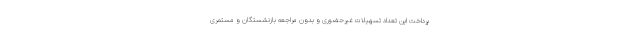
پرداخت این تعداد تسهیلات غیرحضوری و بدون مراجعه بازنشستگان و مستمری